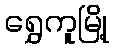
ရွှေကူမြို့